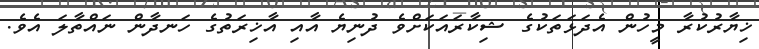
ޚިޔާރުކުރާ މީހުން އެދަޅަތަކުގެ ޝިކާރައަކަށްވެ ދުނިޔެ އާއި އާޚިރަތުގެ ހަނދާން ނައްތާލަ އެވެ.